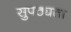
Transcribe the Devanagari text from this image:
सुपठ्यता